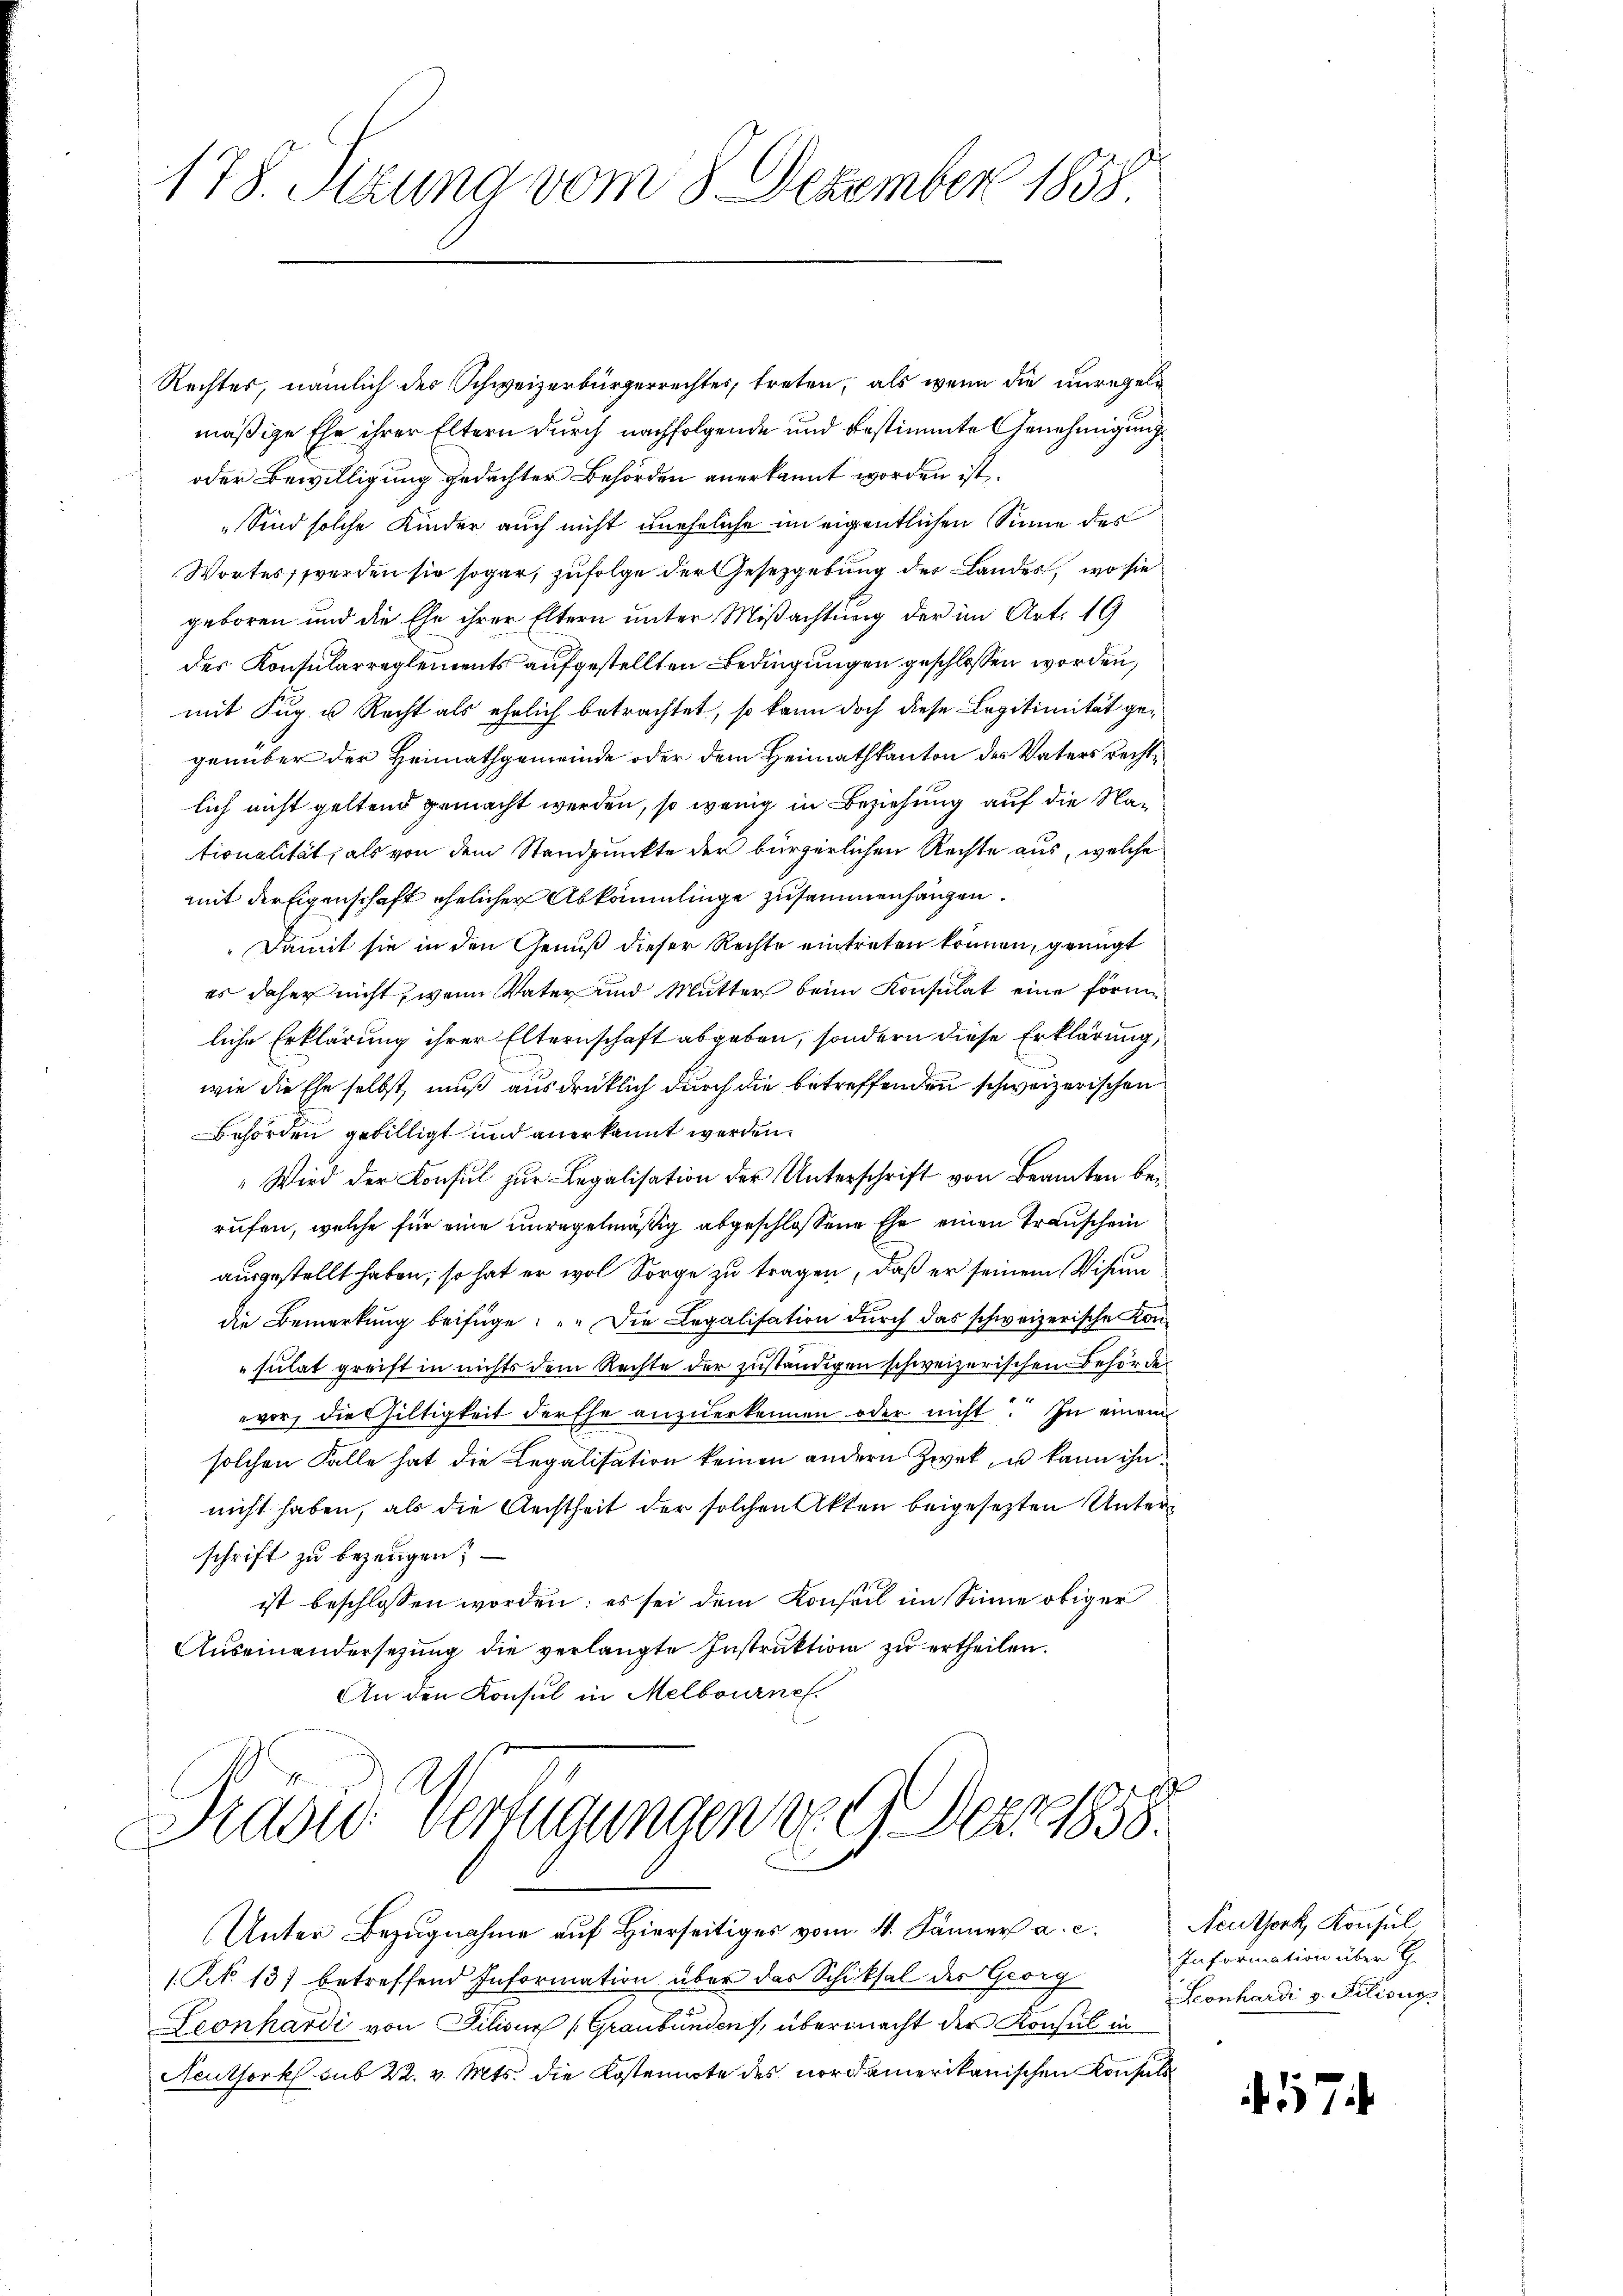
178. Sizung vom 8. Dezember 1858

Rechtes, nämlich des Schweizerbürgerrechtes, treten, als wenn die unregeln
mäßige Ehe ihrer Eltern durch nachfolgende und bestimmte Genehmigung
oder Bewilligung gedachter Behörden anerkannt worden ist.
„Sind solche Kinder auch nicht uneheliche im eigentlichen Sinne des
Wortes, werden sie sogar, zufolge der Gesetzgebung der Landes, wo sie
geboren und die Ehe ihrer Eltern unter Mißachtung der im Art. 19
des Konsularreglements aufgestellten Bedingungen geschlossen worden,
mit Fug u Recht als ehrlich betrachtet, so kann doch diese Legitimität gegenüber der Heimathgemeinde oder dem Heimathkanton des Vaters rechtlich nicht geltend gemacht werden, so wenig in Beziehung auf die Nationalität, als von dem Standpunkte der bürgerlichen Rechte aus, welche
mit der Eigenschaft ehelicher Abkömmlinge zusammenhängen.
Damit sie in den Genuß dieser Rechte eintreten können, gringt
es daher nicht, wenn Vater und Mutter beim Konsulat eine förmliche Erklärung ihrer Elternschaft abgeben, sondern diese Erklärung,
wie die Ehe selbst, muß ausdrücklich durch die betreffenden schweizerischen
Behörden gebilligt und anerkannt werden.
" Wird der Konsul zur Legalisation der Unterschrift von Beamten berufen, welche für eine unregelmäßig abgeschlossene Ehe einen Transchein
ausgestellt haben, so hat er wol Sorge zu tragen, daß er seinem Visum
die Bemerkung beifüge: „Die Legalisation durch das schweizerische Konsulat greift in nichts dem Rechte der zuständigen schweizerischen Behörde
vor, die Hiltigkeit derffe anzuerkennen oder nicht. In einem
solchen Falle hat die Legalisation keinen andern Zweck, u kann ihn
nicht haben, als die Rechtheit der solchen Akten beigesetzten Unterschrift zu bezeugen?
ist beschlossen worden; es sei dem Konseil im Sinne obiger
Auseinandersezung die verlangte Instruktion zu ertheilen.
An den Konsul in Melbourne
Traon: Verfügungen v. 9. Dez. 1858.

Unter Bezugnahme auf Hierseitiges vom 4. Jänner a. c. Neuthork, Konsul,

(N 13) betreffend Information über das Schicksal der Georg
Teonhardi von Filisus (Graubünden, übermacht der Konsul in
Neuthork sub 22. v. Mts. die Kostennote des nordamerikanischen Konsuls

Information über G
Leonhardi v. Filisi

7